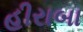
હીરાબા